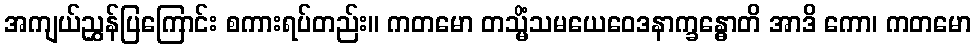
အကျယ်ညွှန်ပြကြောင်း စကားရပ်တည်း။ ကတမော တသ္မိံသမယေဝေဒနာက္ခန္ဓောတိ အာဒိ ကော၊ ကတမော